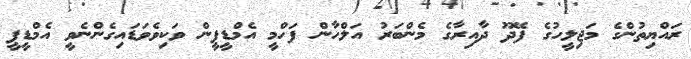
ރައްޔިތުންގެ މަޖިލީހުގެ ފޭދޫ ދާއިރާގެ މެންބަރު އަލްހާން ފަހްމީ އެމްޑީޕީން ވަކިވެވަޑައިގެންނެވީ އެމްޑީޕީ